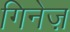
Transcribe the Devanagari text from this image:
गिनेज़